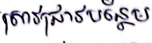
ស្រាវជ្រាវបន្ថែម